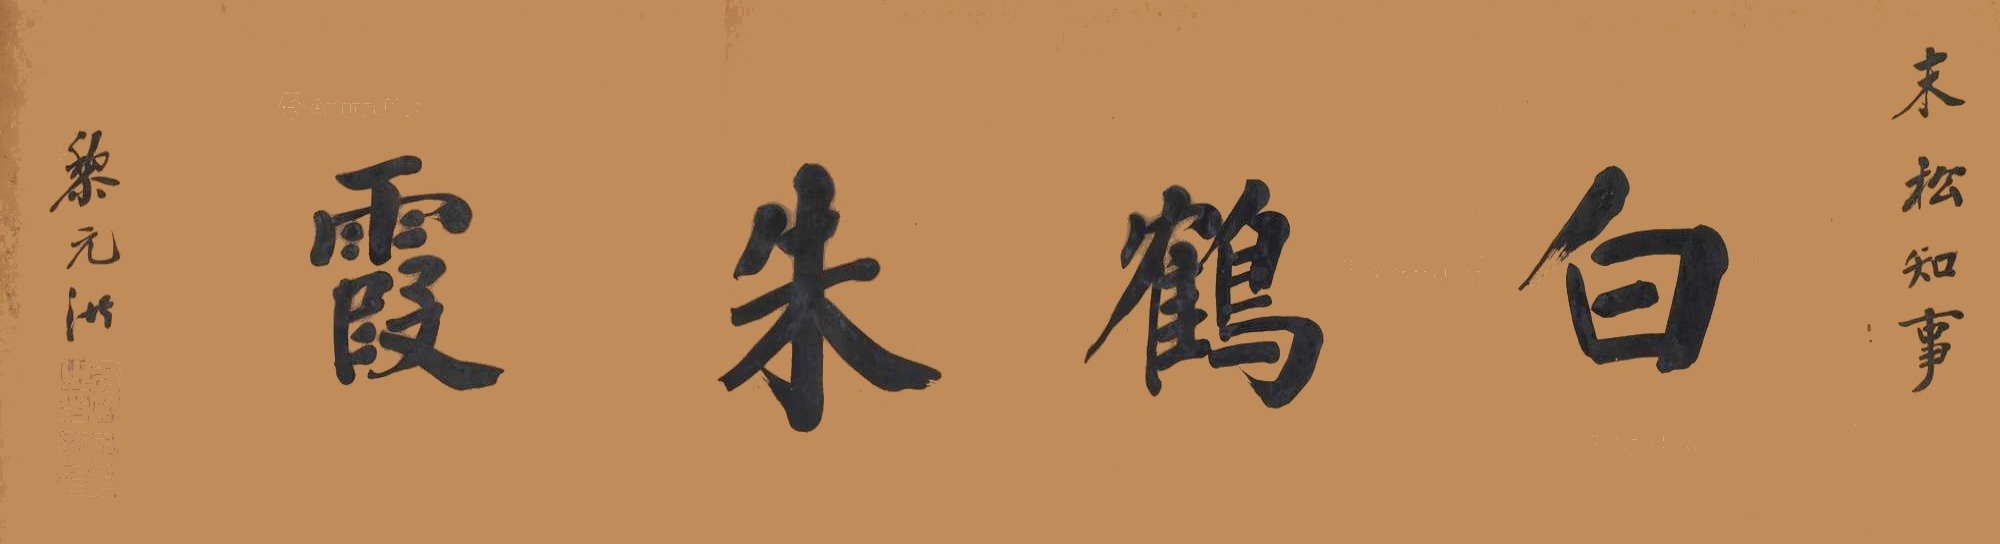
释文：白鹤朱霞。末松知事，黎元洪。